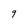
Character: 9